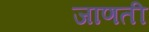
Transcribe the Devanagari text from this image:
जाणती